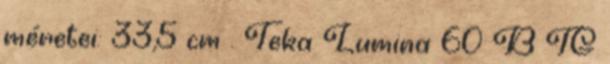
méretei: 33,5 cm . Teka Lumina 60 B TG